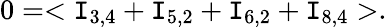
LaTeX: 0=<\mathtt{I}_{3,4}+\mathtt{I}_{5,2}+\mathtt{I}_{6,2}+\mathtt{I}_{8,4}>.